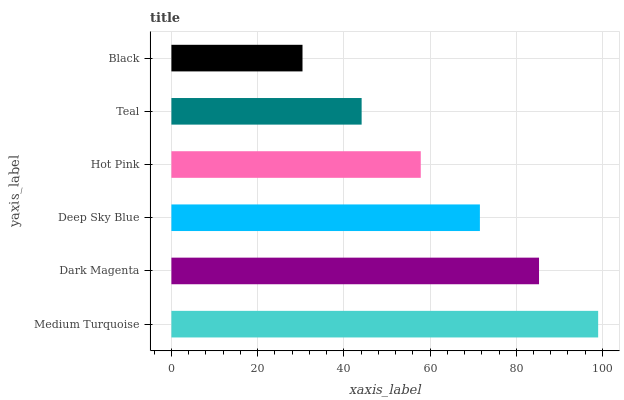
| yaxis_label | bars |
 | --- | --- |
 | Medium Turquoise | 99 |
 | Dark Magenta | 85.3 |
 | Deep Sky Blue | 71.6 |
 | Hot Pink | 57.8 |
 | Teal | 44.1 |
 | Black | 30.4 |